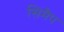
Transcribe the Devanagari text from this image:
सिमैप